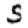
Digit: 5